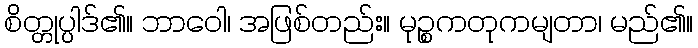
စိတ္တုပ္ပါဒ်၏။ ဘာဝေါ၊ အဖြစ်တည်း။ မုဉ္စကတုကမျတာ၊ မည်၏။